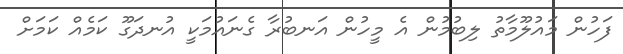
ފަހުން މައުލޫމާތު ލިބުމުން އެ މީހުން އަނބުރާ ގެނައުމަކީ އުނދަގޫ ކަމެއް ކަމަށް